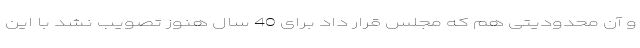
و آن محدودیتی هم که مجلس قرار داد برای 40 سال هنوز تصویب نشد با این